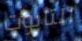
التابوت